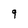
Character: 9